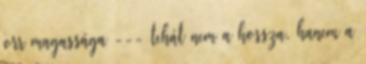
orr magassága --- tehát nem a hossza, hanem a